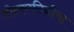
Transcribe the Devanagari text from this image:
तोस्कानिनीचा